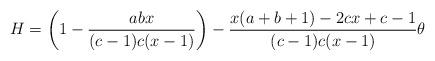
LaTeX: \begin{align*}H = \left(1-\frac{a b x}{(c-1) c (x-1)}\right) -\frac{x (a+b+1)-2 c x+c-1}{(c-1) c (x-1)} \theta \end{align*}